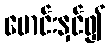
မောင်းနှင်၍